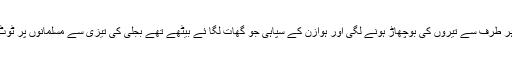
یکایک ہر طرف سے تیروں کی بوچھاڑ ہونے لگی اور ہوازن کے سپاہی جو گھات لگا ئے بیٹھے تھے بجلی کی تیزی سے مسلمانوں پر ٹوٹ پڑے ۔